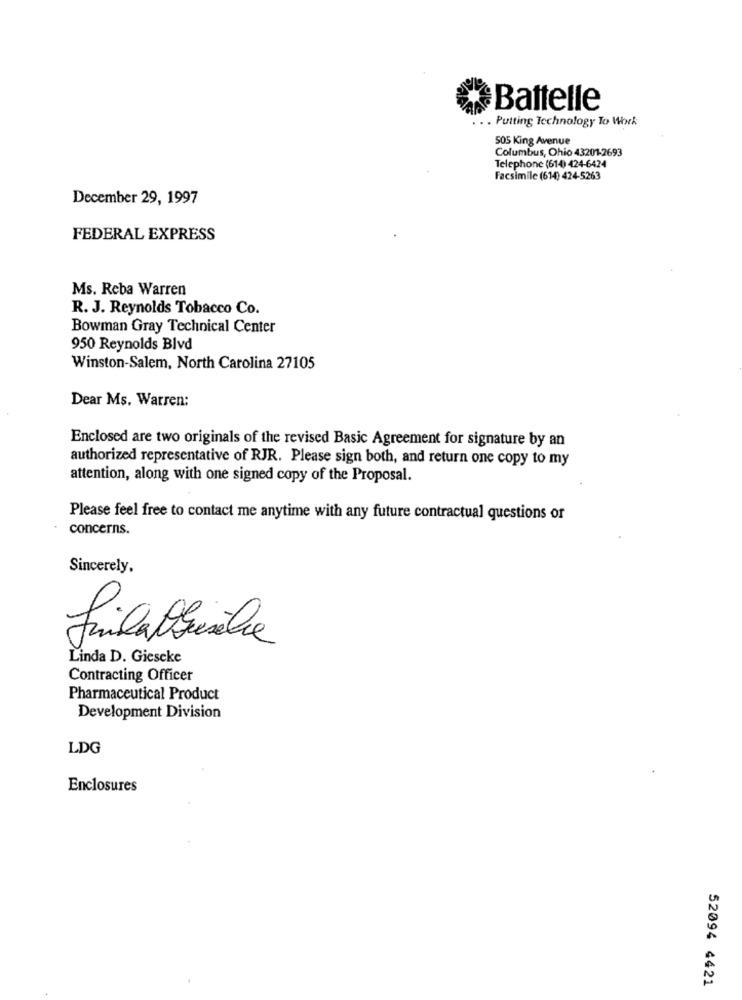
Battelle
Putting Technology To Work
505 King Avenue
Columbus, Ohio 43201-2693
Telephone (614) 424-6424
Facsimile (614) 424-5263
December 29, 1997
FEDERAL EXPRESS
Ms. Reba Warren
R. J. Reynolds Tobacco Co.
Bowman Gray Technical Center
950 Reynolds Blvd
Winston-Salem, North Carolina 27105
Dear Ms. Warren:
Enclosed are two originals of the revised Basic Agreement for signature by an
authorized representative of RJR. Please sign both, and return one copy to my
attention, along with one signed copy of the Proposal.
Please feel free to contact me anytime with any future contractual questions or
concerns.
Sincerely.
filalbialle
Linda D. Giescke
Contracting Officer
Pharmaceutical Product
Development Division
LDG
Enclosures
52094 4421